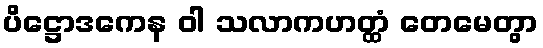
ပိဋ္ဌောဒကေန ဝါ သလာကဟတ္ထံ တေမေတွာ